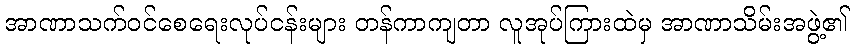
အာဏာသက်ဝင်စေရေးလုပ်ငန်းများ တန်ကာကျတာ လူအုပ်ကြားထဲမှ အာဏာသိမ်းအဖွဲ့၏